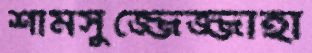
শামসুজ্জেজ্জাহা